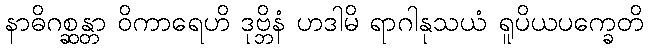
နာဓိဂစ္ဆန္တာ ဝိကာရေဟိ ဒုဗ္ဘိနံ ဟဒါမိ ရာဂါနုသယံ ရူပိယပက္ခေတိ